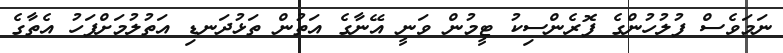
ނަމަވެސް ފުލުހުންގެ ފޮރެންސިކު ޓީމުން ވަނީ އޭނާގެ އަތުން ތަޅުދަނޑި އަތުލުމަށްފަހު އެތާގެ